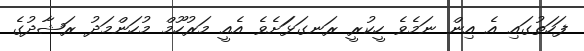
ފަހަތުގައި އެ އިން ނަމެވެ ހީކުރީ ރަނގަޅަަށެވެ އެއީ މަރުހޫމް މުހަންމަދު ރަޝާދުގެ